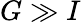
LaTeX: G\gg I